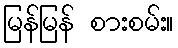
မြန်မြန် စားစမ်း။